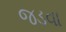
જડવા